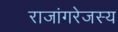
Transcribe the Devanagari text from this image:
राजांगरेजस्य